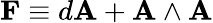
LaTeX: \mathbf{F}\equiv d\mathbf{A}+\mathbf{A}\wedge\mathbf{A}